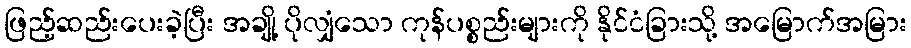
ဖြည့်ဆည်းပေးခဲ့ပြီး အချို့ ပိုလျှံသော ကုန်ပစ္စည်းများကို နိုင်ငံခြားသို့ အမြောက်အမြား